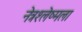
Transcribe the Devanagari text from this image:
नेत्रश्‍लेष्मला